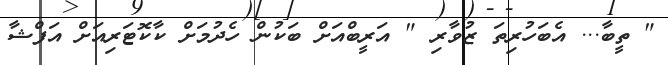
" ތީބާ... އެބަހުރިތަ ޒުވާރި " އަރީބްއަށް ބަކުން ހެދުމަށް ކާކޮޓަރިއަށް އަފްޝާ